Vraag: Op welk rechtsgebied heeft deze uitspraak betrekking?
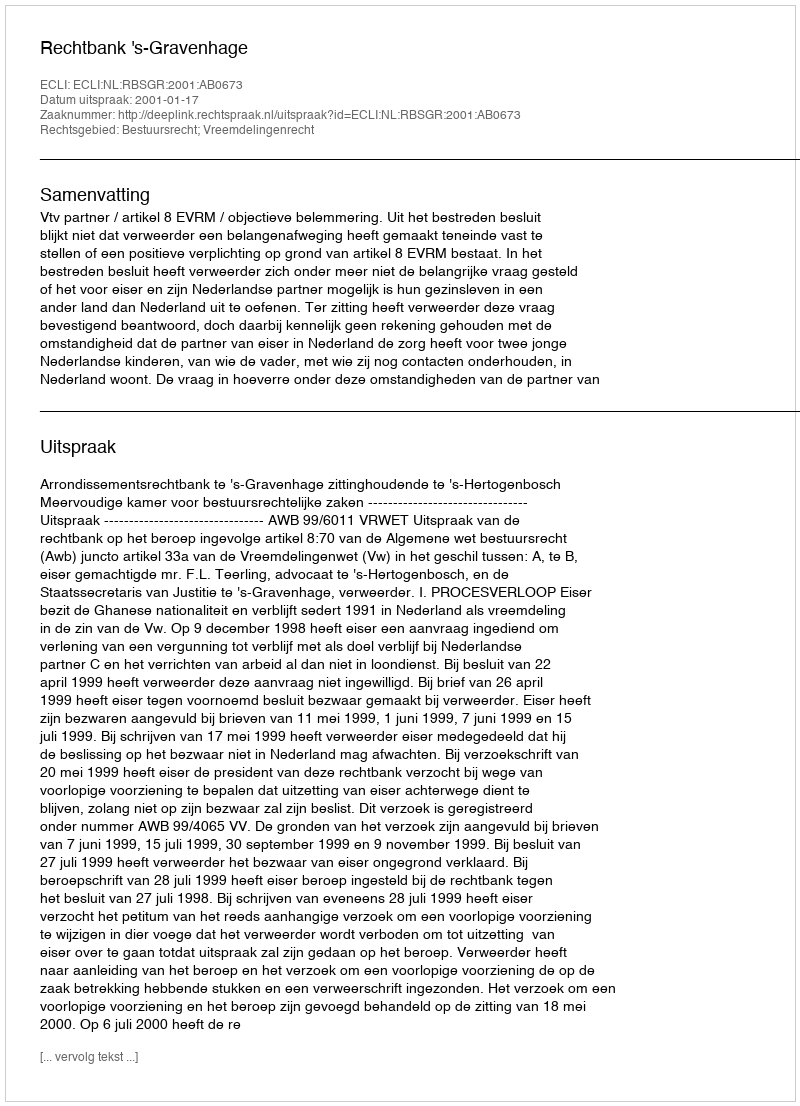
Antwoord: Bestuursrecht; Vreemdelingenrecht